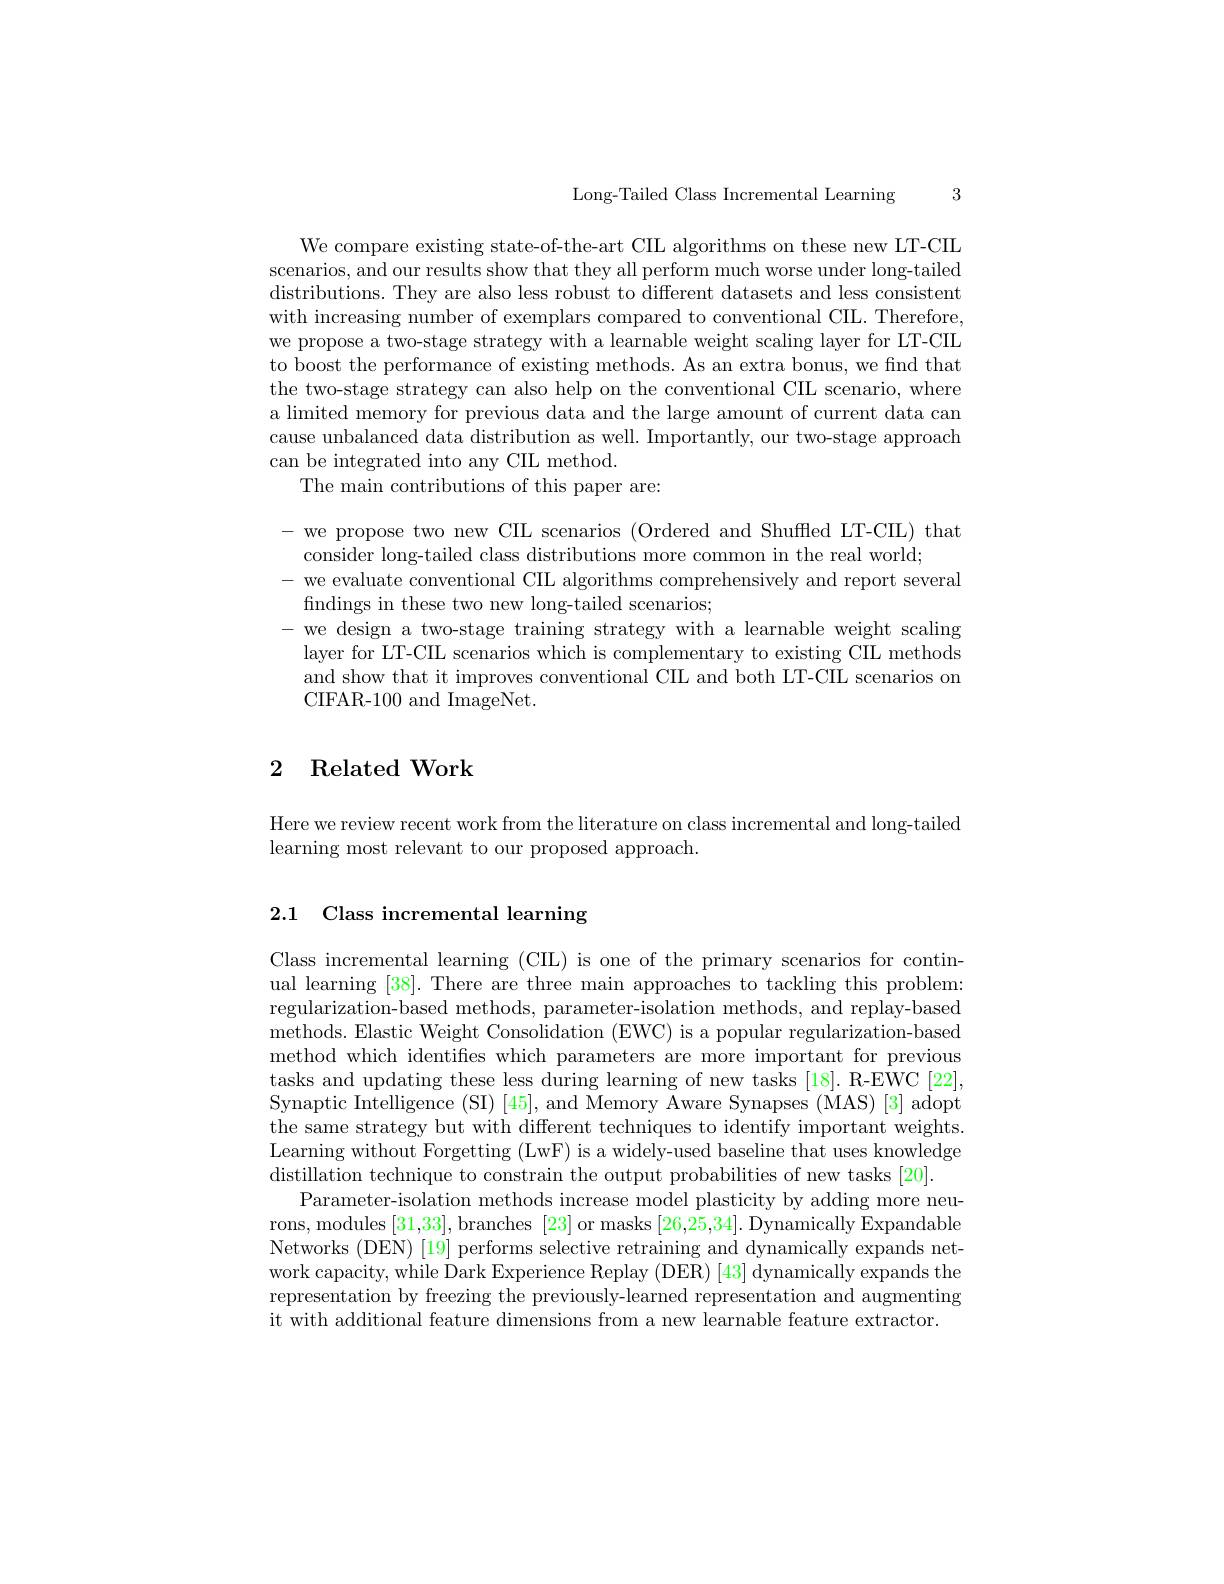
Long-Tailed Class Incremental Learning

3

We compare existing state-of-the-art CIL algorithms on these new LT-CIL scenarios, and our results show that they all perform much worse under long-tailed distributions. They are also less robust to different datasets and less consistent with increasing number of exemplars compared to conventional CIL. Therefore, we propose a two-stage strategy with a learnable weight scaling layer for LT-CIL to boost the performance of existing methods. As an extra bonus, we find that the two-stage strategy can also help on the conventional CIL scenario, where a limited memory for previous data and the large amount of current data can cause unbalanced data distribution as well. Importantly, our two-stage approach can be integrated into any CIL method.
The main contributions of this paper are:

- we propose two new CIL scenarios (Ordered and Shuffled LT-CIL) that
consider long-tailed class distributions more common in the real world;
we evaluate conventional CIL algorithms comprehensively and report several
findings in these two new long-tailed scenarios;
- we design a two-stage training strategy with a learnable weight scaling layer for LT-CIL scenarios which is complementary to existing CIL methods and show that it improves conventional CIIL and both LT-CIL scenarios on CIFAR-100 and ImageNet.

### 2 Related Work

Here we review recent work from the literature on class incremental and long-tailed
learning most relevant to our proposed approach.

## 2.1 Class incremental learning

Class incremental learning (CIL) is one of the primary scenarios for continual learning [38]. There are three main approaches to tackling this problem: regularization-based methods, parameter-isolation methods, and replay-based methods. Elastic Weight Consolidation (EWC) is a popular regularization-based method which identifies which parameters are more important for previous tasks and updating these less during learning of new tasks [18]. R-EWC [22]. Synaptic Intelligence (SI) [45], and Memory Aware Synapses (MAS) [3] adopt the same strategy but with different techniques to identify important weights. Learning without Forgetting (LwF) is a widely-used baseline that uses knowledge distillation technique to constrain the output probabilities of new tasks [20].
Parameter-isolation methods increase model plasticity by adding more neurons, modules [31,33], branches [23] or masks [26,25,34]. Dynamically Expandable Networks (DEN) [19] performs selective retraining and dynamically expands network capacity, while Dark Experience Replay (DER) [43] dynamically expands the representation by freezing the previously-learned representation and augmenting it with additional feature dimensions from a new learnable feature extractor.